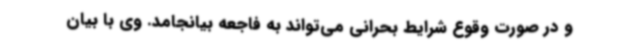
و در صورت وقوع شرایط بحرانی می‌تواند به فاجعه بیانجامد. وی با بیان